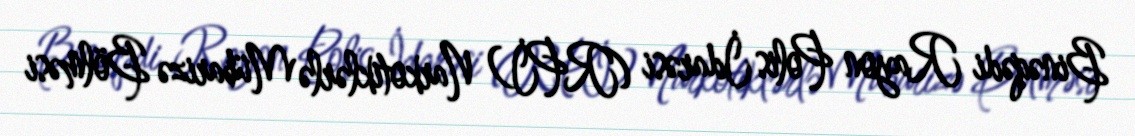
Binəqədi Rayon Polis İdarəsi (RPİ) Narkotiklərlə Mübarizə Bölməsi